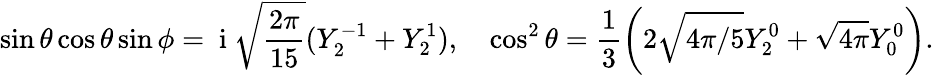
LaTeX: \sin\theta\cos\theta\sin\phi=\mathrm{~i~}\sqrt{\frac{2\pi}{15}}(Y_{2}^{-1}+Y_{2}^{1}),\quad\cos^{2}\theta=\frac{1}{3}\left(2\sqrt{4\pi/5}Y_{2}^{0}+\sqrt{4\pi}Y_{0}^{0}\right).